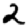
Digit: 2